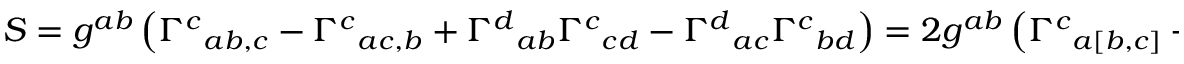
S = g ^ { a b } \left( { \Gamma ^ { c } } _ { a b , c } - { \Gamma ^ { c } } _ { a c , b } + { \Gamma ^ { d } } _ { a b } { \Gamma ^ { c } } _ { c d } - { \Gamma ^ { d } } _ { a c } { \Gamma ^ { c } } _ { b d } \right) = 2 g ^ { a b } \left( { \Gamma ^ { c } } _ { a [ b , c ] } + { \Gamma ^ { d } } _ { a [ b } { \Gamma ^ { c } } _ { c ] d } \right)